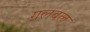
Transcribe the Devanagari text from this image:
गलबल